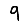
Digit: 9